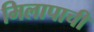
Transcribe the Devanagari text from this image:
मिलापाची